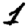
Digit: 1